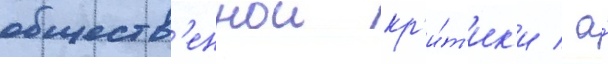
обществ'еннои кр'и́т'ик'и / а́